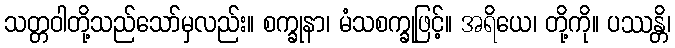
သတ္တဝါတို့သည်သော်မှလည်း။ စက္ခုနာ၊ မံသစက္ခုဖြင့်။ အရိယေ၊ တို့ကို။ ပဿန္တိ၊